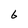
Character: 6